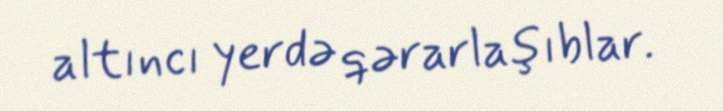
altıncı yerdə qərarlaşıblar.